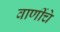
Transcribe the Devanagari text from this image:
वाणींचे